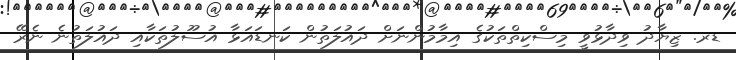
ޑރ. ޒިޔާދު ވިދާޅުވީ މިސްކިތްތަކުގެ އިމާމުންނަށް ދައުލަތުން ކަނޑައަޅާ އުސޫލުތަކާއި ދައުލަތުނެ ނެރޭ